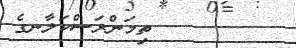
ތިމަންރަސްކަލާނގެ